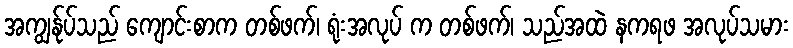
အကျွန်ုပ်သည် ကျောင်းစာက တစ်ဖက်၊ ရုံးအလုပ် က တစ်ဖက်၊ သည်အထဲ နကရဖ အလုပ်သမား